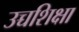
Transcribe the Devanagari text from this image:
उच्चशिक्षा